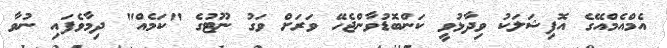
އެމްއެމްއޭގެ އޮފިޝަލަކު ވިދާޅުވީ ކަންބޮޑުވާންޖެހޭ ވަރަށް ވަގު ނޫޓުގެ "ކަމެއް" ދިމާވެފައި ނުވާ